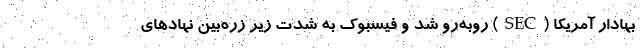
بهادار آمریکا (SEC) روبه‌رو شد و فیسبوک به شدت زیر زره‌بین نهادهای